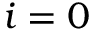
i = 0